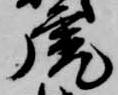
虎